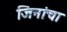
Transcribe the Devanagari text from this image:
जिनांचा